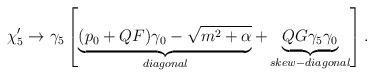
LaTeX: \begin{align*}\chi _{5}^{\prime }\rightarrow \gamma _{5}\left[ \underbrace{(p_{0}+QF)\gamma _{0}-\sqrt{m^2+\alpha}}_{diagonal}+\underbrace{QG\gamma_{5}\gamma _{0}}_{skew-diagonal}\right]. \end{align*}